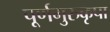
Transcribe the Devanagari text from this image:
पूर्णगुरुकृपा